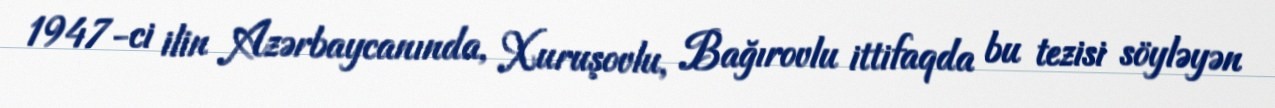
1947-ci ilin Azərbaycanında, Xuruşovlu, Bağırovlu ittifaqda bu tezisi söyləyən